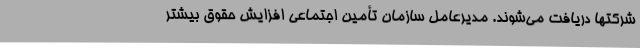
شرکتها دریافت می‌شوند. مدیرعامل سازمان تأمین اجتماعی افزایش حقوق بیشتر